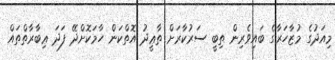
މިއަދުގެ މުޒާހަރާގެ ބައިވެރިން ތިބީ ސަރުކާރަށް ތާޢީދު އޮތްކަން ހާމަކޮށްދޭ ފަދަ ޢިބާރާތްތައް